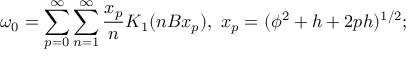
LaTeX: \omega _ { 0 } = \sum _ { p = 0 } ^ { \infty } \sum _ { n = 1 } ^ { \infty } \frac { x _ { p } } { n } K _ { 1 } ( n B x _ { p } ) , ~ x _ { p } = ( \phi ^ { 2 } + h + 2 p h ) ^ { 1 / 2 } ;